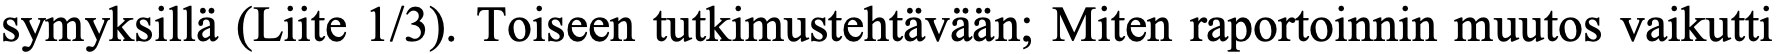
symyksillä (Liite 1/3). Toiseen tutkimustehtävään; Miten raportoinnin muutos vaikutti